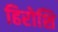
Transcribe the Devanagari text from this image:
हिरोशि